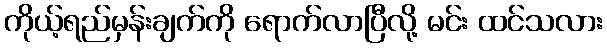
ကိုယ့်ရည်မှန်းချက်ကို ရောက်လာပြီလို့ မင်း ထင်သလား